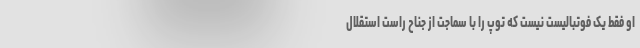
او فقط یک فوتبالیست نیست که توپ را با سماجت از جناح راست استقلال